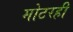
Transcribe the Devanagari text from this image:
मोटरही